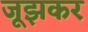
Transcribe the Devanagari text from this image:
जूझकर